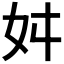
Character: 𭑮